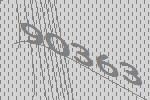
90363